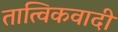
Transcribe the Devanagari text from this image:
तात्विकवादी